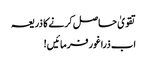
تقویٰ حاصل کرنے کا ذریعہ
اب ذراغور فرمائیں!